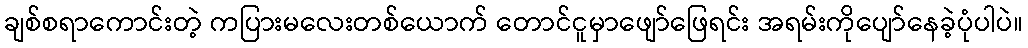
ချစ်စရာကောင်းတဲ့ ကပြားမလေးတစ်ယောက် တောင်ငူမှာဖျော်ဖြေရင်း အရမ်းကိုပျော်နေခဲ့ပုံပါပဲ။